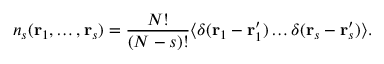
n _ { s } ( \mathbf { r } _ { 1 } , \dots , \mathbf { r } _ { s } ) = { \frac { N ! } { ( N - s ) ! } } { \big \langle } \delta ( \mathbf { r } _ { 1 } - \mathbf { r } _ { 1 } ^ { \prime } ) \dots \delta ( \mathbf { r } _ { s } - \mathbf { r } _ { s } ^ { \prime } ) { \big \rangle } .